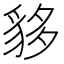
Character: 𧳁